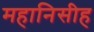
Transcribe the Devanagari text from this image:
महानिसीह